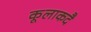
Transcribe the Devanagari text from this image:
कूलाकदै